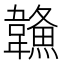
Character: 𩏦